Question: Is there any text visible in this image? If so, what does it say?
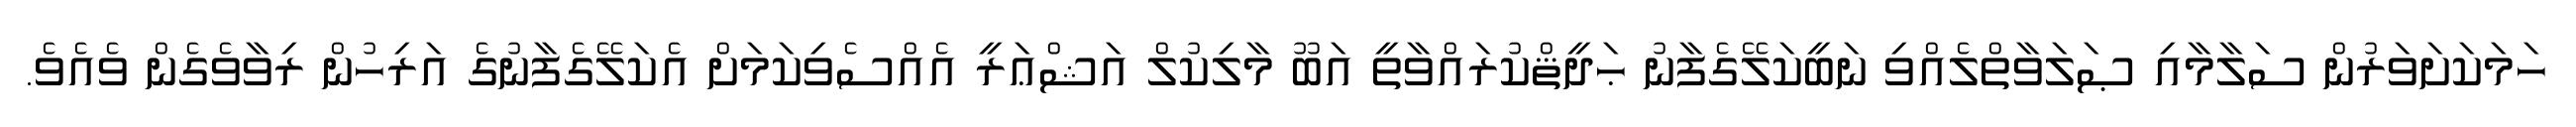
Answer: ހަމަކަށަވަރުން ސަލާމާއި ޞަލަވާތްލެއްވި ނަބީކަލޭގެފާނު ޙަދީޘްކުރައްވާތީ އަބޫ މާލިކުލް އަޝްޢަރީ އެއްސެވިކަމަށް އެކަލޭގެފާނުގެ އަރިހުން ރިވާވެގެން ވެއެވެ.